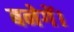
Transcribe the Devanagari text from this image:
बनेगें।